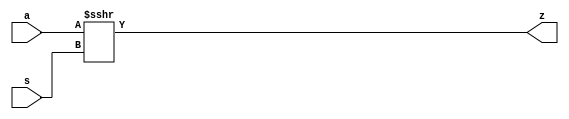

//------> C:/PROGRA~1/CALYPT~1/CATAPU~1.126/Mgc_home/pkgs/hls_pkgs/mgc_comps_src/mgc_shift_r_beh_v2.v 
module mgc_shift_r(a,s,z);
   parameter    width_a = 4;
   parameter    signd_a = 1;
   parameter    width_s = 2;
   parameter    width_z = 8;

   input [width_a-1:0] a;
   input [width_s-1:0] s;
   output [width_z -1:0] z;

   assign z = signd_a ? fshr_u(a,s,a[width_a-1]) : fshr_u(a,s,1'b0);

   //Shift-left - unsigned shift argument one bit more
   function [width_z-1:0] fshl_u_1;
      input [width_a  :0] arg1;
      input [width_s-1:0] arg2;
      input sbit;
      parameter olen = width_z;
      parameter ilen = width_a+1;
      parameter len = (ilen >= olen) ? ilen : olen;
      reg [len-1:0] result;
      reg [len-1:0] result_t;
      begin
        result_t = {(len){sbit}};
        result_t[ilen-1:0] = arg1;
        result = result_t <<< arg2;
        fshl_u_1 =  result[olen-1:0];
      end
   endfunction // fshl_u

   //Shift-left - unsigned shift argument
   function [width_z-1:0] fshl_u;
      input [width_a-1:0] arg1;
      input [width_s-1:0] arg2;
      input sbit;
      fshl_u = fshl_u_1({sbit,arg1} ,arg2, sbit);
   endfunction // fshl_u

   //Shift right - unsigned shift argument
   function [width_z-1:0] fshr_u;
      input [width_a-1:0] arg1;
      input [width_s-1:0] arg2;
      input sbit;
      parameter olen = width_z;
      parameter ilen = signd_a ? width_a : width_a+1;
      parameter len = (ilen >= olen) ? ilen : olen;
      reg signed [len-1:0] result;
      reg signed [len-1:0] result_t;
      begin
        result_t = {(len){sbit}};
        result_t[width_a-1:0] = arg1;
        result = result_t >>> arg2;
        fshr_u =  result[olen-1:0];
      end
   endfunction // fshl_u

   //Shift left - signed shift argument
   function [width_z-1:0] fshl_s;
      input [width_a-1:0] arg1;
      input [width_s-1:0] arg2;
      input sbit;
      reg [width_a:0] sbit_arg1;
      begin
        // Ignoring the possibility that arg2[width_s-1] could be X
        // because of customer complaints regarding X'es in simulation results
        if ( arg2[width_s-1] == 1'b0 )
        begin
          sbit_arg1[width_a:0] = {(width_a+1){1'b0}};
          fshl_s = fshl_u(arg1, arg2, sbit);
        end
        else
        begin
          sbit_arg1[width_a] = sbit;
          sbit_arg1[width_a-1:0] = arg1;
          fshl_s = fshr_u(sbit_arg1[width_a:1], ~arg2, sbit);
        end
      end
   endfunction

   //Shift right - signed shift argument
   function [width_z-1:0] fshr_s;
     input [width_a-1:0] arg1;
     input [width_s-1:0] arg2;
     input sbit;
     begin
       if ( arg2[width_s-1] == 1'b0 )
       begin
         fshr_s = fshr_u(arg1, arg2, sbit);
       end
       else
       begin
         fshr_s = fshl_u_1({arg1, 1'b0},~arg2, sbit);
       end
     end
   endfunction 

endmodule

//------> ./rtl_mgc_ioport.v 
//------------------------------------------------------------------
//                M G C _ I O P O R T _ C O M P S
//------------------------------------------------------------------

//------------------------------------------------------------------
//                       M O D U L E S
//------------------------------------------------------------------

//------------------------------------------------------------------
//-- INPUT ENTITIES
//------------------------------------------------------------------

module mgc_in_wire (d, z);

  parameter integer rscid = 1;
  parameter integer width = 8;

  output [width-1:0] d;
  input  [width-1:0] z;

  wire   [width-1:0] d;

  assign d = z;

endmodule

//------------------------------------------------------------------

module mgc_in_wire_en (ld, d, lz, z);

  parameter integer rscid = 1;
  parameter integer width = 8;

  input              ld;
  output [width-1:0] d;
  output             lz;
  input  [width-1:0] z;

  wire   [width-1:0] d;
  wire               lz;

  assign d = z;
  assign lz = ld;

endmodule

//------------------------------------------------------------------

module mgc_in_wire_wait (ld, vd, d, lz, vz, z);

  parameter integer rscid = 1;
  parameter integer width = 8;

  input              ld;
  output             vd;
  output [width-1:0] d;
  output             lz;
  input              vz;
  input  [width-1:0] z;

  wire               vd;
  wire   [width-1:0] d;
  wire               lz;

  assign d = z;
  assign lz = ld;
  assign vd = vz;

endmodule
//------------------------------------------------------------------

module mgc_chan_in (ld, vd, d, lz, vz, z, size, req_size, sizez, sizelz);

  parameter integer rscid = 1;
  parameter integer width = 8;
  parameter integer sz_width = 8;

  input              ld;
  output             vd;
  output [width-1:0] d;
  output             lz;
  input              vz;
  input  [width-1:0] z;
  output [sz_width-1:0] size;
  input              req_size;
  input  [sz_width-1:0] sizez;
  output             sizelz;


  wire               vd;
  wire   [width-1:0] d;
  wire               lz;
  wire   [sz_width-1:0] size;
  wire               sizelz;

  assign d = z;
  assign lz = ld;
  assign vd = vz;
  assign size = sizez;
  assign sizelz = req_size;

endmodule


//------------------------------------------------------------------
//-- OUTPUT ENTITIES
//------------------------------------------------------------------

module mgc_out_stdreg (d, z);

  parameter integer rscid = 1;
  parameter integer width = 8;

  input    [width-1:0] d;
  output   [width-1:0] z;

  wire     [width-1:0] z;

  assign z = d;

endmodule

//------------------------------------------------------------------

module mgc_out_stdreg_en (ld, d, lz, z);

  parameter integer rscid = 1;
  parameter integer width = 8;

  input              ld;
  input  [width-1:0] d;
  output             lz;
  output [width-1:0] z;

  wire               lz;
  wire   [width-1:0] z;

  assign z = d;
  assign lz = ld;

endmodule

//------------------------------------------------------------------

module mgc_out_stdreg_wait (ld, vd, d, lz, vz, z);

  parameter integer rscid = 1;
  parameter integer width = 8;

  input              ld;
  output             vd;
  input  [width-1:0] d;
  output             lz;
  input              vz;
  output [width-1:0] z;

  wire               vd;
  wire               lz;
  wire   [width-1:0] z;

  assign z = d;
  assign lz = ld;
  assign vd = vz;

endmodule

//------------------------------------------------------------------

module mgc_out_prereg_en (ld, d, lz, z);

    parameter integer rscid = 1;
    parameter integer width = 8;

    input              ld;
    input  [width-1:0] d;
    output             lz;
    output [width-1:0] z;

    wire               lz;
    wire   [width-1:0] z;

    assign z = d;
    assign lz = ld;

endmodule

//------------------------------------------------------------------
//-- INOUT ENTITIES
//------------------------------------------------------------------

module mgc_inout_stdreg_en (ldin, din, ldout, dout, lzin, lzout, z);

    parameter integer rscid = 1;
    parameter integer width = 8;

    input              ldin;
    output [width-1:0] din;
    input              ldout;
    input  [width-1:0] dout;
    output             lzin;
    output             lzout;
    inout  [width-1:0] z;

    wire   [width-1:0] din;
    wire               lzin;
    wire               lzout;
    wire   [width-1:0] z;

    assign lzin = ldin;
    assign din = ldin ? z : {width{1'bz}};
    assign lzout = ldout;
    assign z = ldout ? dout : {width{1'bz}};

endmodule

//------------------------------------------------------------------
module hid_tribuf( I_SIG, ENABLE, O_SIG);
  parameter integer width = 8;

  input [width-1:0] I_SIG;
  input ENABLE;
  inout [width-1:0] O_SIG;

  assign O_SIG = (ENABLE) ? I_SIG : { width{1'bz}};

endmodule
//------------------------------------------------------------------

module mgc_inout_stdreg_wait (ldin, vdin, din, ldout, vdout, dout, lzin, vzin, lzout, vzout, z);

    parameter integer rscid = 1;
    parameter integer width = 8;

    input              ldin;
    output             vdin;
    output [width-1:0] din;
    input              ldout;
    output             vdout;
    input  [width-1:0] dout;
    output             lzin;
    input              vzin;
    output             lzout;
    input              vzout;
    inout  [width-1:0] z;

    wire               vdin;
    wire   [width-1:0] din;
    wire               vdout;
    wire               lzin;
    wire               lzout;
    wire   [width-1:0] z;
    wire   ldout_and_vzout;

    assign lzin = ldin;
    assign vdin = vzin;
    assign din = ldin ? z : {width{1'bz}};
    assign lzout = ldout;
    assign vdout = vzout ;
    assign ldout_and_vzout = ldout && vzout ;

    hid_tribuf #(width) tb( .I_SIG(dout),
                            .ENABLE(ldout_and_vzout),
                            .O_SIG(z) );

endmodule

//------------------------------------------------------------------

module mgc_inout_buf_wait (clk, en, arst, srst, ldin, vdin, din, ldout, vdout, dout, lzin, vzin, lzout, vzout, z);

    parameter integer rscid   = 0; // resource ID
    parameter integer width   = 8; // fifo width
    parameter         ph_clk  =  1'b1; // clock polarity 1=rising edge, 0=falling edge
    parameter         ph_en   =  1'b1; // clock enable polarity
    parameter         ph_arst =  1'b1; // async reset polarity
    parameter         ph_srst =  1'b1; // sync reset polarity

    input              clk;
    input              en;
    input              arst;
    input              srst;
    input              ldin;
    output             vdin;
    output [width-1:0] din;
    input              ldout;
    output             vdout;
    input  [width-1:0] dout;
    output             lzin;
    input              vzin;
    output             lzout;
    input              vzout;
    inout  [width-1:0] z;

    wire               lzout_buf;
    wire               vzout_buf;
    wire   [width-1:0] z_buf;
    wire               vdin;
    wire   [width-1:0] din;
    wire               vdout;
    wire               lzin;
    wire               lzout;
    wire   [width-1:0] z;

    assign lzin = ldin;
    assign vdin = vzin;
    assign din = ldin ? z : {width{1'bz}};
    assign lzout = lzout_buf & ~ldin;
    assign vzout_buf = vzout & ~ldin;
    hid_tribuf #(width) tb( .I_SIG(z_buf),
                            .ENABLE((lzout_buf && (!ldin) && vzout) ),
                            .O_SIG(z)  );

    mgc_out_buf_wait
    #(
        .rscid   (rscid),
        .width   (width),
        .ph_clk  (ph_clk),
        .ph_en   (ph_en),
        .ph_arst (ph_arst),
        .ph_srst (ph_srst)
    )
    BUFF
    (
        .clk     (clk),
        .en      (en),
        .arst    (arst),
        .srst    (srst),
        .ld      (ldout),
        .vd      (vdout),
        .d       (dout),
        .lz      (lzout_buf),
        .vz      (vzout_buf),
        .z       (z_buf)
    );


endmodule

module mgc_inout_fifo_wait (clk, en, arst, srst, ldin, vdin, din, ldout, vdout, dout, lzin, vzin, lzout, vzout, z);

    parameter integer rscid   = 0; // resource ID
    parameter integer width   = 8; // fifo width
    parameter integer fifo_sz = 8; // fifo depth
    parameter         ph_clk  = 1'b1;  // clock polarity 1=rising edge, 0=falling edge
    parameter         ph_en   = 1'b1;  // clock enable polarity
    parameter         ph_arst = 1'b1;  // async reset polarity
    parameter         ph_srst = 1'b1;  // sync reset polarity
    parameter integer ph_log2 = 3;     // log2(fifo_sz)
    parameter integer pwropt  = 0;     // pwropt

    input              clk;
    input              en;
    input              arst;
    input              srst;
    input              ldin;
    output             vdin;
    output [width-1:0] din;
    input              ldout;
    output             vdout;
    input  [width-1:0] dout;
    output             lzin;
    input              vzin;
    output             lzout;
    input              vzout;
    inout  [width-1:0] z;

    wire               lzout_buf;
    wire               vzout_buf;
    wire   [width-1:0] z_buf;
    wire               comb;
    wire               vdin;
    wire   [width-1:0] din;
    wire               vdout;
    wire               lzin;
    wire               lzout;
    wire   [width-1:0] z;

    assign lzin = ldin;
    assign vdin = vzin;
    assign din = ldin ? z : {width{1'bz}};
    assign lzout = lzout_buf & ~ldin;
    assign vzout_buf = vzout & ~ldin;
    assign comb = (lzout_buf && (!ldin) && vzout);

    hid_tribuf #(width) tb2( .I_SIG(z_buf), .ENABLE(comb), .O_SIG(z)  );

    mgc_out_fifo_wait
    #(
        .rscid   (rscid),
        .width   (width),
        .fifo_sz (fifo_sz),
        .ph_clk  (ph_clk),
        .ph_en   (ph_en),
        .ph_arst (ph_arst),
        .ph_srst (ph_srst),
        .ph_log2 (ph_log2),
        .pwropt  (pwropt)
    )
    FIFO
    (
        .clk   (clk),
        .en      (en),
        .arst    (arst),
        .srst    (srst),
        .ld      (ldout),
        .vd      (vdout),
        .d       (dout),
        .lz      (lzout_buf),
        .vz      (vzout_buf),
        .z       (z_buf)
    );

endmodule

//------------------------------------------------------------------
//-- I/O SYNCHRONIZATION ENTITIES
//------------------------------------------------------------------

module mgc_io_sync (ld, lz);

    input  ld;
    output lz;

    assign lz = ld;

endmodule

module mgc_bsync_rdy (rd, rz);

    parameter integer rscid   = 0; // resource ID
    parameter ready = 1;
    parameter valid = 0;

    input  rd;
    output rz;

    wire   rz;

    assign rz = rd;

endmodule

module mgc_bsync_vld (vd, vz);

    parameter integer rscid   = 0; // resource ID
    parameter ready = 0;
    parameter valid = 1;

    output vd;
    input  vz;

    wire   vd;

    assign vd = vz;

endmodule

module mgc_bsync_rv (rd, vd, rz, vz);

    parameter integer rscid   = 0; // resource ID
    parameter ready = 1;
    parameter valid = 1;

    input  rd;
    output vd;
    output rz;
    input  vz;

    wire   vd;
    wire   rz;

    assign rz = rd;
    assign vd = vz;

endmodule

//------------------------------------------------------------------

module mgc_sync (ldin, vdin, ldout, vdout);

  input  ldin;
  output vdin;
  input  ldout;
  output vdout;

  wire   vdin;
  wire   vdout;

  assign vdin = ldout;
  assign vdout = ldin;

endmodule

///////////////////////////////////////////////////////////////////////////////
// dummy function used to preserve funccalls for modulario
// it looks like a memory read to the caller
///////////////////////////////////////////////////////////////////////////////
module funccall_inout (d, ad, bd, z, az, bz);

  parameter integer ram_id = 1;
  parameter integer width = 8;
  parameter integer addr_width = 8;

  output [width-1:0]       d;
  input  [addr_width-1:0]  ad;
  input                    bd;
  input  [width-1:0]       z;
  output [addr_width-1:0]  az;
  output                   bz;

  wire   [width-1:0]       d;
  wire   [addr_width-1:0]  az;
  wire                     bz;

  assign d  = z;
  assign az = ad;
  assign bz = bd;

endmodule


///////////////////////////////////////////////////////////////////////////////
// inlinable modular io not otherwise found in mgc_ioport
///////////////////////////////////////////////////////////////////////////////

module modulario_en_in (vd, d, vz, z);

  parameter integer rscid = 1;
  parameter integer width = 8;

  output             vd;
  output [width-1:0] d;
  input              vz;
  input  [width-1:0] z;

  wire   [width-1:0] d;
  wire               vd;

  assign d = z;
  assign vd = vz;

endmodule

//------> ./rtl_mgc_ioport_v2001.v 
//------------------------------------------------------------------

module mgc_out_reg_pos (clk, en, arst, srst, ld, d, lz, z);

    parameter integer rscid   = 1;
    parameter integer width   = 8;
    parameter         ph_en   =  1'b1;
    parameter         ph_arst =  1'b1;
    parameter         ph_srst =  1'b1;

    input              clk;
    input              en;
    input              arst;
    input              srst;
    input              ld;
    input  [width-1:0] d;
    output             lz;
    output [width-1:0] z;

    reg                lz;
    reg    [width-1:0] z;

    generate
    if (ph_arst == 1'b0)
    begin: NEG_ARST
        always @(posedge clk or negedge arst)
        if (arst == 1'b0)
        begin: B1
            lz <= 1'b0;
            z  <= {width{1'b0}};
        end
        else if (srst == ph_srst)
        begin: B2
            lz <= 1'b0;
            z  <= {width{1'b0}};
        end
        else if (en == ph_en)
        begin: B3
            lz <= ld;
            z  <= (ld) ? d : z;
        end
    end
    else
    begin: POS_ARST
        always @(posedge clk or posedge arst)
        if (arst == 1'b1)
        begin: B1
            lz <= 1'b0;
            z  <= {width{1'b0}};
        end
        else if (srst == ph_srst)
        begin: B2
            lz <= 1'b0;
            z  <= {width{1'b0}};
        end
        else if (en == ph_en)
        begin: B3
            lz <= ld;
            z  <= (ld) ? d : z;
        end
    end
    endgenerate

endmodule

//------------------------------------------------------------------

module mgc_out_reg_neg (clk, en, arst, srst, ld, d, lz, z);

    parameter integer rscid   = 1;
    parameter integer width   = 8;
    parameter         ph_en   =  1'b1;
    parameter         ph_arst =  1'b1;
    parameter         ph_srst =  1'b1;

    input              clk;
    input              en;
    input              arst;
    input              srst;
    input              ld;
    input  [width-1:0] d;
    output             lz;
    output [width-1:0] z;

    reg                lz;
    reg    [width-1:0] z;

    generate
    if (ph_arst == 1'b0)
    begin: NEG_ARST
        always @(negedge clk or negedge arst)
        if (arst == 1'b0)
        begin: B1
            lz <= 1'b0;
            z  <= {width{1'b0}};
        end
        else if (srst == ph_srst)
        begin: B2
            lz <= 1'b0;
            z  <= {width{1'b0}};
        end
        else if (en == ph_en)
        begin: B3
            lz <= ld;
            z  <= (ld) ? d : z;
        end
    end
    else
    begin: POS_ARST
        always @(negedge clk or posedge arst)
        if (arst == 1'b1)
        begin: B1
            lz <= 1'b0;
            z  <= {width{1'b0}};
        end
        else if (srst == ph_srst)
        begin: B2
            lz <= 1'b0;
            z  <= {width{1'b0}};
        end
        else if (en == ph_en)
        begin: B3
            lz <= ld;
            z  <= (ld) ? d : z;
        end
    end
    endgenerate

endmodule

//------------------------------------------------------------------

module mgc_out_reg (clk, en, arst, srst, ld, d, lz, z); // Not Supported

    parameter integer rscid   = 1;
    parameter integer width   = 8;
    parameter         ph_clk  =  1'b1;
    parameter         ph_en   =  1'b1;
    parameter         ph_arst =  1'b1;
    parameter         ph_srst =  1'b1;

    input              clk;
    input              en;
    input              arst;
    input              srst;
    input              ld;
    input  [width-1:0] d;
    output             lz;
    output [width-1:0] z;


    generate
    if (ph_clk == 1'b0)
    begin: NEG_EDGE

        mgc_out_reg_neg
        #(
            .rscid   (rscid),
            .width   (width),
            .ph_en   (ph_en),
            .ph_arst (ph_arst),
            .ph_srst (ph_srst)
        )
        mgc_out_reg_neg_inst
        (
            .clk     (clk),
            .en      (en),
            .arst    (arst),
            .srst    (srst),
            .ld      (ld),
            .d       (d),
            .lz      (lz),
            .z       (z)
        );

    end
    else
    begin: POS_EDGE

        mgc_out_reg_pos
        #(
            .rscid   (rscid),
            .width   (width),
            .ph_en   (ph_en),
            .ph_arst (ph_arst),
            .ph_srst (ph_srst)
        )
        mgc_out_reg_pos_inst
        (
            .clk     (clk),
            .en      (en),
            .arst    (arst),
            .srst    (srst),
            .ld      (ld),
            .d       (d),
            .lz      (lz),
            .z       (z)
        );

    end
    endgenerate

endmodule




//------------------------------------------------------------------

module mgc_out_buf_wait (clk, en, arst, srst, ld, vd, d, vz, lz, z); // Not supported

    parameter integer rscid   = 1;
    parameter integer width   = 8;
    parameter         ph_clk  =  1'b1;
    parameter         ph_en   =  1'b1;
    parameter         ph_arst =  1'b1;
    parameter         ph_srst =  1'b1;

    input              clk;
    input              en;
    input              arst;
    input              srst;
    input              ld;
    output             vd;
    input  [width-1:0] d;
    output             lz;
    input              vz;
    output [width-1:0] z;

    wire               filled;
    wire               filled_next;
    wire   [width-1:0] abuf;
    wire               lbuf;


    assign filled_next = (filled & (~vz)) | (filled & ld) | (ld & (~vz));

    assign lbuf = ld & ~(filled ^ vz);

    assign vd = vz | ~filled;

    assign lz = ld | filled;

    assign z = (filled) ? abuf : d;

    wire dummy;
    wire dummy_bufreg_lz;

    // Output registers:
    mgc_out_reg
    #(
        .rscid   (rscid),
        .width   (1'b1),
        .ph_clk  (ph_clk),
        .ph_en   (ph_en),
        .ph_arst (ph_arst),
        .ph_srst (ph_srst)
    )
    STATREG
    (
        .clk     (clk),
        .en      (en),
        .arst    (arst),
        .srst    (srst),
        .ld      (filled_next),
        .d       (1'b0),       // input d is unused
        .lz      (filled),
        .z       (dummy)            // output z is unused
    );

    mgc_out_reg
    #(
        .rscid   (rscid),
        .width   (width),
        .ph_clk  (ph_clk),
        .ph_en   (ph_en),
        .ph_arst (ph_arst),
        .ph_srst (ph_srst)
    )
    BUFREG
    (
        .clk     (clk),
        .en      (en),
        .arst    (arst),
        .srst    (srst),
        .ld      (lbuf),
        .d       (d),
        .lz      (dummy_bufreg_lz),
        .z       (abuf)
    );

endmodule

//------------------------------------------------------------------

module mgc_out_fifo_wait (clk, en, arst, srst, ld, vd, d, lz, vz,  z);

    parameter integer rscid   = 0; // resource ID
    parameter integer width   = 8; // fifo width
    parameter integer fifo_sz = 8; // fifo depth
    parameter         ph_clk  = 1'b1; // clock polarity 1=rising edge, 0=falling edge
    parameter         ph_en   = 1'b1; // clock enable polarity
    parameter         ph_arst = 1'b1; // async reset polarity
    parameter         ph_srst = 1'b1; // sync reset polarity
    parameter integer ph_log2 = 3; // log2(fifo_sz)
    parameter integer pwropt  = 0; // pwropt


    input                 clk;
    input                 en;
    input                 arst;
    input                 srst;
    input                 ld;    // load data
    output                vd;    // fifo full active low
    input     [width-1:0] d;
    output                lz;    // fifo ready to send
    input                 vz;    // dest ready for data
    output    [width-1:0] z;

    wire    [31:0]      size;


      // Output registers:
 mgc_out_fifo_wait_core#(
        .rscid   (rscid),
        .width   (width),
        .sz_width (32),
        .fifo_sz (fifo_sz),
        .ph_clk  (ph_clk),
        .ph_en   (ph_en),
        .ph_arst (ph_arst),
        .ph_srst (ph_srst),
        .ph_log2 (ph_log2),
        .pwropt  (pwropt)
        ) CORE (
        .clk (clk),
        .en (en),
        .arst (arst),
        .srst (srst),
        .ld (ld),
        .vd (vd),
        .d (d),
        .lz (lz),
        .vz (vz),
        .z (z),
        .size (size)
        );

endmodule



module mgc_out_fifo_wait_core (clk, en, arst, srst, ld, vd, d, lz, vz,  z, size);

    parameter integer rscid   = 0; // resource ID
    parameter integer width   = 8; // fifo width
    parameter integer sz_width = 8; // size of port for elements in fifo
    parameter integer fifo_sz = 8; // fifo depth
    parameter         ph_clk  =  1'b1; // clock polarity 1=rising edge, 0=falling edge
    parameter         ph_en   =  1'b1; // clock enable polarity
    parameter         ph_arst =  1'b1; // async reset polarity
    parameter         ph_srst =  1'b1; // sync reset polarity
    parameter integer ph_log2 = 3; // log2(fifo_sz)
    parameter integer pwropt  = 0; // pwropt

   localparam integer  fifo_b = width * fifo_sz;

    input                 clk;
    input                 en;
    input                 arst;
    input                 srst;
    input                 ld;    // load data
    output                vd;    // fifo full active low
    input     [width-1:0] d;
    output                lz;    // fifo ready to send
    input                 vz;    // dest ready for data
    output    [width-1:0] z;
    output    [sz_width-1:0]      size;

    reg      [( (fifo_sz > 0) ? fifo_sz : 1)-1:0] stat_pre;
    wire     [( (fifo_sz > 0) ? fifo_sz : 1)-1:0] stat;
    reg      [( (fifo_b > 0) ? fifo_b : 1)-1:0] buff_pre;
    wire     [( (fifo_b > 0) ? fifo_b : 1)-1:0] buff;
    reg      [( (fifo_sz > 0) ? fifo_sz : 1)-1:0] en_l;
    reg      [(((fifo_sz > 0) ? fifo_sz : 1)-1)/8:0] en_l_s;

    reg       [width-1:0] buff_nxt;

    reg                   stat_nxt;
    reg                   stat_before;
    reg                   stat_after;
    reg                   en_l_var;

    integer               i;
    genvar                eni;

    wire [32:0]           size_t;
    reg [31:0]            count;
    reg [31:0]            count_t;
    reg [32:0]            n_elem;
// pragma translate_off
    reg [31:0]            peak;
// pragma translate_on

    wire [( (fifo_sz > 0) ? fifo_sz : 1)-1:0] dummy_statreg_lz;
    wire [( (fifo_b > 0) ? fifo_b : 1)-1:0] dummy_bufreg_lz;

    generate
    if ( fifo_sz > 0 )
    begin: FIFO_REG
      assign vd = vz | ~stat[0];
      assign lz = ld | stat[fifo_sz-1];
      assign size_t = (count - (vz && stat[fifo_sz-1])) + ld;
      assign size = size_t[sz_width-1:0];
      assign z = (stat[fifo_sz-1]) ? buff[fifo_b-1:width*(fifo_sz-1)] : d;

      always @(*)
      begin: FIFOPROC
        n_elem = 33'b0;
        for (i = fifo_sz-1; i >= 0; i = i - 1)
        begin
          if (i != 0)
            stat_before = stat[i-1];
          else
            stat_before = 1'b0;

          if (i != (fifo_sz-1))
            stat_after = stat[i+1];
          else
            stat_after = 1'b1;

          stat_nxt = stat_after &
                    (stat_before | (stat[i] & (~vz)) | (stat[i] & ld) | (ld & (~vz)));

          stat_pre[i] = stat_nxt;
          en_l_var = 1'b1;
          if (!stat_nxt)
            begin
              buff_nxt = {width{1'b0}};
              en_l_var = 1'b0;
            end
          else if (vz && stat_before)
            buff_nxt[0+:width] = buff[width*(i-1)+:width];
          else if (ld && !((vz && stat_before) || ((!vz) && stat[i])))
            buff_nxt = d;
          else
            begin
              if (pwropt == 0)
                buff_nxt[0+:width] = buff[width*i+:width];
              else
                buff_nxt = {width{1'b0}};
              en_l_var = 1'b0;
            end

          if (ph_en != 0)
            en_l[i] = en & en_l_var;
          else
            en_l[i] = en | ~en_l_var;

          buff_pre[width*i+:width] = buff_nxt[0+:width];

          if ((stat_after == 1'b1) && (stat[i] == 1'b0))
            n_elem = ($unsigned(fifo_sz) - 1) - i;
        end

        if (ph_en != 0)
          en_l_s[(((fifo_sz > 0) ? fifo_sz : 1)-1)/8] = 1'b1;
        else
          en_l_s[(((fifo_sz > 0) ? fifo_sz : 1)-1)/8] = 1'b0;

        for (i = fifo_sz-1; i >= 7; i = i - 1)
        begin
          if ((i%'d2) == 0)
          begin
            if (ph_en != 0)
              en_l_s[(i/8)-1] = en & (stat[i]|stat_pre[i-1]);
            else
              en_l_s[(i/8)-1] = en | ~(stat[i]|stat_pre[i-1]);
          end
        end

        if ( stat[fifo_sz-1] == 1'b0 )
          count_t = 32'b0;
        else if ( stat[0] == 1'b1 )
          count_t = { {(32-ph_log2){1'b0}}, fifo_sz};
        else
          count_t = n_elem[31:0];
        count = count_t;
// pragma translate_off
        if ( peak < count )
          peak = count;
// pragma translate_on
      end

      if (pwropt == 0)
      begin: NOCGFIFO
        // Output registers:
        mgc_out_reg
        #(
            .rscid   (rscid),
            .width   (fifo_sz),
            .ph_clk  (ph_clk),
            .ph_en   (ph_en),
            .ph_arst (ph_arst),
            .ph_srst (ph_srst)
        )
        STATREG
        (
            .clk     (clk),
            .en      (en),
            .arst    (arst),
            .srst    (srst),
            .ld      (1'b1),
            .d       (stat_pre),
            .lz      (dummy_statreg_lz[0]),
            .z       (stat)
        );
        mgc_out_reg
        #(
            .rscid   (rscid),
            .width   (fifo_b),
            .ph_clk  (ph_clk),
            .ph_en   (ph_en),
            .ph_arst (ph_arst),
            .ph_srst (ph_srst)
        )
        BUFREG
        (
            .clk     (clk),
            .en      (en),
            .arst    (arst),
            .srst    (srst),
            .ld      (1'b1),
            .d       (buff_pre),
            .lz      (dummy_bufreg_lz[0]),
            .z       (buff)
        );
      end
      else
      begin: CGFIFO
        // Output registers:
        if ( pwropt > 1)
        begin: CGSTATFIFO2
          for (eni = fifo_sz-1; eni >= 0; eni = eni - 1)
          begin: pwroptGEN1
            mgc_out_reg
            #(
              .rscid   (rscid),
              .width   (1),
              .ph_clk  (ph_clk),
              .ph_en   (ph_en),
              .ph_arst (ph_arst),
              .ph_srst (ph_srst)
            )
            STATREG
            (
              .clk     (clk),
              .en      (en_l_s[eni/8]),
              .arst    (arst),
              .srst    (srst),
              .ld      (1'b1),
              .d       (stat_pre[eni]),
              .lz      (dummy_statreg_lz[eni]),
              .z       (stat[eni])
            );
          end
        end
        else
        begin: CGSTATFIFO
          mgc_out_reg
          #(
            .rscid   (rscid),
            .width   (fifo_sz),
            .ph_clk  (ph_clk),
            .ph_en   (ph_en),
            .ph_arst (ph_arst),
            .ph_srst (ph_srst)
          )
          STATREG
          (
            .clk     (clk),
            .en      (en),
            .arst    (arst),
            .srst    (srst),
            .ld      (1'b1),
            .d       (stat_pre),
            .lz      (dummy_statreg_lz[0]),
            .z       (stat)
          );
        end
        for (eni = fifo_sz-1; eni >= 0; eni = eni - 1)
        begin: pwroptGEN2
          mgc_out_reg
          #(
            .rscid   (rscid),
            .width   (width),
            .ph_clk  (ph_clk),
            .ph_en   (ph_en),
            .ph_arst (ph_arst),
            .ph_srst (ph_srst)
          )
          BUFREG
          (
            .clk     (clk),
            .en      (en_l[eni]),
            .arst    (arst),
            .srst    (srst),
            .ld      (1'b1),
            .d       (buff_pre[width*eni+:width]),
            .lz      (dummy_bufreg_lz[eni]),
            .z       (buff[width*eni+:width])
          );
        end
      end
    end
    else
    begin: FEED_THRU
      assign vd = vz;
      assign lz = ld;
      assign z = d;
      assign size = ld && !vz;
    end
    endgenerate

endmodule

//------------------------------------------------------------------
//-- PIPE ENTITIES
//------------------------------------------------------------------
/*
 *
 *             _______________________________________________
 * WRITER    |                                               |          READER
 *           |           MGC_PIPE                            |
 *           |           __________________________          |
 *        --<| vdout  --<| vd ---------------  vz<|-----ldin<|---
 *           |           |      FIFO              |          |
 *        ---|>ldout  ---|>ld ---------------- lz |> ---vdin |>--
 *        ---|>dout -----|>d  ---------------- dz |> ----din |>--
 *           |           |________________________|          |
 *           |_______________________________________________|
 */
// two clock pipe
module mgc_pipe (clk, en, arst, srst, ldin, vdin, din, ldout, vdout, dout, size, req_size);

    parameter integer rscid   = 0; // resource ID
    parameter integer width   = 8; // fifo width
    parameter integer sz_width = 8; // width of size of elements in fifo
    parameter integer fifo_sz = 8; // fifo depth
    parameter integer log2_sz = 3; // log2(fifo_sz)
    parameter         ph_clk  = 1'b1;  // clock polarity 1=rising edge, 0=falling edge
    parameter         ph_en   = 1'b1;  // clock enable polarity
    parameter         ph_arst = 1'b1;  // async reset polarity
    parameter         ph_srst = 1'b1;  // sync reset polarity
    parameter integer pwropt  = 0; // pwropt

    input              clk;
    input              en;
    input              arst;
    input              srst;
    input              ldin;
    output             vdin;
    output [width-1:0] din;
    input              ldout;
    output             vdout;
    input  [width-1:0] dout;
    output [sz_width-1:0]      size;
    input              req_size;


    mgc_out_fifo_wait_core
    #(
        .rscid    (rscid),
        .width    (width),
        .sz_width (sz_width),
        .fifo_sz  (fifo_sz),
        .ph_clk   (ph_clk),
        .ph_en    (ph_en),
        .ph_arst  (ph_arst),
        .ph_srst  (ph_srst),
        .ph_log2  (log2_sz),
        .pwropt   (pwropt)
    )
    FIFO
    (
        .clk     (clk),
        .en      (en),
        .arst    (arst),
        .srst    (srst),
        .ld      (ldout),
        .vd      (vdout),
        .d       (dout),
        .lz      (vdin),
        .vz      (ldin),
        .z       (din),
        .size    (size)
    );

endmodule


//------> C:/PROGRA~1/CALYPT~1/CATAPU~1.126/Mgc_home/pkgs/hls_pkgs/mgc_comps_src/mgc_div_beh.v 
module mgc_div(a,b,z);
   parameter width_a = 8;
   parameter width_b = 8;
   parameter signd = 1;
   input [width_a-1:0] a;
   input [width_b-1:0] b; 
   output [width_a-1:0] z;  
   reg  [width_a-1:0] z;

   always@(a or b)
     begin
	if(signd)
	  div_s(a,b,z);
	else
          div_u(a,b,z);
     end


//-----------------------------------------------------------------
//     -- Vectorized Overloaded Arithmetic Operators
//-----------------------------------------------------------------
   
   function [width_a-1:0] fabs_l; 
      input [width_a-1:0] arg1;
      begin
         case(arg1[width_a-1])
            1'b1:
               fabs_l = {(width_a){1'b0}} - arg1;
            default: // was: 1'b0:
               fabs_l = arg1;
         endcase
      end
   endfunction
   
   function [width_b-1:0] fabs_r; 
      input [width_b-1:0] arg1;
      begin
         case (arg1[width_b-1])
            1'b1:
               fabs_r =  {(width_b){1'b0}} - arg1;
            default: // was: 1'b0:
               fabs_r = arg1;
         endcase
      end
   endfunction

   function [width_b:0] minus;
     input [width_b:0] in1;
     input [width_b:0] in2;
     reg [width_b+1:0] tmp;
     begin
       tmp = in1 - in2;
       minus = tmp[width_b:0];
     end
   endfunction

   
   task divmod;
      input [width_a-1:0] l;
      input [width_b-1:0] r;
      output [width_a-1:0] rdiv;
      output [width_b-1:0] rmod;
      
      parameter llen = width_a;
      parameter rlen = width_b;
      reg [(llen+rlen)-1:0] lbuf;
      reg [rlen:0] diff;
	  integer i;
      begin
	 lbuf = {(llen+rlen){1'b0}};
	 lbuf[llen-1:0] = l;
	 for(i=width_a-1;i>=0;i=i-1)
	   begin
              diff = minus(lbuf[(llen+rlen)-1:llen-1], {1'b0,r});
	      rdiv[i] = ~diff[rlen];
	      if(diff[rlen] == 0)
		lbuf[(llen+rlen)-1:llen-1] = diff;
	      lbuf[(llen+rlen)-1:1] = lbuf[(llen+rlen)-2:0];
	   end
	 rmod = lbuf[(llen+rlen)-1:llen];
      end
   endtask
      

   task div_u;
      input [width_a-1:0] l;
      input [width_b-1:0] r;
      output [width_a-1:0] rdiv;
      
      reg [width_a-01:0] rdiv;
      reg [width_b-1:0] rmod;
      begin
	 divmod(l, r, rdiv, rmod);
      end
   endtask
   
   task mod_u;
      input [width_a-1:0] l;
      input [width_b-1:0] r;
      output [width_b-1:0] rmod;
      
      reg [width_a-01:0] rdiv;
      reg [width_b-1:0] rmod;
      begin
	 divmod(l, r, rdiv, rmod);
      end
   endtask

   task rem_u; 
      input [width_a-1:0] l;
      input [width_b-1:0] r;    
      output [width_b-1:0] rmod;
      begin
	 mod_u(l,r,rmod);
      end
   endtask // rem_u

   task div_s;
      input [width_a-1:0] l;
      input [width_b-1:0] r;
      output [width_a-1:0] rdiv;
      
      reg [width_a-01:0] rdiv;
      reg [width_b-1:0] rmod;
      begin
	 divmod(fabs_l(l), fabs_r(r),rdiv,rmod);
	 if(l[width_a-1] != r[width_b-1])
	   rdiv = {(width_a){1'b0}} - rdiv;
      end
   endtask

   task mod_s;
      input [width_a-1:0] l;
      input [width_b-1:0] r;
      output [width_b-1:0] rmod;
      
      reg [width_a-01:0] rdiv;
      reg [width_b-1:0] rmod;
      reg [width_b-1:0] rnul;
      reg [width_b:0] rmod_t;
      begin
         rnul = {width_b{1'b0}};
         divmod(fabs_l(l), fabs_r(r), rdiv, rmod);
         if (l[width_a-1])
            rmod = {(width_b){1'b0}} - rmod;
         if((rmod != rnul) && (l[width_a-1] != r[width_b-1]))
            begin
               rmod_t = r + rmod;
               rmod = rmod_t[width_b-1:0];
            end
      end
   endtask // mod_s
   
   task rem_s; 
      input [width_a-1:0] l;
      input [width_b-1:0] r;    
      output [width_b-1:0] rmod;   
      reg [width_a-01:0] rdiv;
      reg [width_b-1:0] rmod;
      begin
	 divmod(fabs_l(l),fabs_r(r),rdiv,rmod);
	 if(l[width_a-1])
	   rmod = {(width_b){1'b0}} - rmod;
      end
   endtask

  endmodule

//------> ./rtl.v 
// ----------------------------------------------------------------------
//  HLS HDL:        Verilog Netlister
//  HLS Version:    2011a.126 Production Release
//  HLS Date:       Wed Aug  8 00:52:07 PDT 2012
// 
//  Generated by:   jb914@EEWS104A-029
//  Generated date: Mon May 11 14:27:08 2015
// ----------------------------------------------------------------------

// 
// ------------------------------------------------------------------
//  Design Unit:    static_anaglyph_core
// ------------------------------------------------------------------


module static_anaglyph_core (
  clk, en, arst_n, video_in_rsc_mgc_in_wire_d, video_out_rsc_mgc_out_stdreg_d, avg_rsc_mgc_in_wire_d,
      div_mgc_div_b, div_mgc_div_z, div_mgc_div_1_b, div_mgc_div_1_z
);
  input clk;
  input en;
  input arst_n;
  input [629:0] video_in_rsc_mgc_in_wire_d;
  output [29:0] video_out_rsc_mgc_out_stdreg_d;
  reg [29:0] video_out_rsc_mgc_out_stdreg_d;
  input [9:0] avg_rsc_mgc_in_wire_d;
  output [9:0] div_mgc_div_b;
  reg [9:0] div_mgc_div_b;
  input [9:0] div_mgc_div_z;
  output [9:0] div_mgc_div_1_b;
  reg [9:0] div_mgc_div_1_b;
  input [9:0] div_mgc_div_1_z;


  // Interconnect Declarations
  reg [5:0] shift_1_sva_2;
  wire [6:0] nl_shift_1_sva_2;
  reg [629:0] io_read_video_in_rsc_d_cse_sva_1;
  reg [629:0] io_read_video_in_rsc_d_cse_sva_2;
  reg slc_svs_2;
  reg [9:0] acc_5_cse_sva_mut_3;
  reg [1:0] if_acc_3_itm_1;
  wire [2:0] nl_if_acc_3_itm_1;
  reg [5:0] if_slc_conc_idiv_5_itm_1;
  reg div_2cyc_st_1;
  reg div_2cyc_st_2;
  reg slc_svs_st_1;
  reg main_stage_0_2;
  reg main_stage_0_3;
  wire [9:0] rshift_itm;
  wire [9:0] rshift_4_itm;
  wire [9:0] rshift_2_itm;
  wire [9:0] rshift_5_itm;
  wire [11:0] left_adjust_sg1_sva;
  wire [12:0] nl_left_adjust_sg1_sva;
  wire [12:0] acc_20_psp_sva;
  wire [13:0] nl_acc_20_psp_sva;
  wire [1:0] shift_sg1_lpi_dfm;
  wire [5:0] shift_1_lpi_dfm_mx0;
  wire [7:0] ac_int_cctor_1_sva;
  wire [8:0] nl_ac_int_cctor_1_sva;
  wire [11:0] acc_idiv_sva;
  wire [12:0] nl_acc_idiv_sva;
  wire [3:0] acc_imod_sva;
  wire [4:0] nl_acc_imod_sva;
  wire [2:0] acc_imod_1_sva;
  wire [3:0] nl_acc_imod_1_sva;
  wire [10:0] if_acc_psp_sva;
  wire [11:0] nl_if_acc_psp_sva;
  wire [10:0] acc_36_itm;
  wire [11:0] nl_acc_36_itm;

  wire[7:0] mux_1_nl;

  // Interconnect Declarations for Component Instantiations 
  wire [12:0] nl_rshift_rg_s;
  assign nl_rshift_rg_s = {((left_adjust_sg1_sva[11:1]) + 11'b101) , (left_adjust_sg1_sva[0])
      , 1'b0};
  wire [16:0] nl_rshift_4_rg_s;
  assign nl_rshift_4_rg_s = {(conv_u2u_15_16({{2{acc_20_psp_sva[12]}}, acc_20_psp_sva})
      + 16'b101) , 1'b0};
  wire [12:0] nl_rshift_2_rg_s;
  assign nl_rshift_2_rg_s = {left_adjust_sg1_sva , 1'b0};
  wire [15:0] nl_rshift_5_rg_s;
  assign nl_rshift_5_rg_s = signext_16_14({acc_20_psp_sva , 1'b0});
  mgc_shift_r #(.width_a(630),
  .signd_a(0),
  .width_s(13),
  .width_z(10)) rshift_rg (
      .a(io_read_video_in_rsc_d_cse_sva_2),
      .s(nl_rshift_rg_s),
      .z(rshift_itm)
    );
  mgc_shift_r #(.width_a(630),
  .signd_a(0),
  .width_s(17),
  .width_z(10)) rshift_4_rg (
      .a(io_read_video_in_rsc_d_cse_sva_2),
      .s(nl_rshift_4_rg_s),
      .z(rshift_4_itm)
    );
  mgc_shift_r #(.width_a(630),
  .signd_a(0),
  .width_s(13),
  .width_z(10)) rshift_2_rg (
      .a(io_read_video_in_rsc_d_cse_sva_2),
      .s(nl_rshift_2_rg_s),
      .z(rshift_2_itm)
    );
  mgc_shift_r #(.width_a(630),
  .signd_a(0),
  .width_s(16),
  .width_z(10)) rshift_5_rg (
      .a(io_read_video_in_rsc_d_cse_sva_2),
      .s(nl_rshift_5_rg_s),
      .z(rshift_5_itm)
    );
  assign nl_left_adjust_sg1_sva = conv_s2u_9_12({1'b1 , (~ shift_sg1_lpi_dfm) , (~
      shift_1_lpi_dfm_mx0)}) + ({shift_sg1_lpi_dfm , shift_1_lpi_dfm_mx0 , 4'b1});
  assign left_adjust_sg1_sva = nl_left_adjust_sg1_sva[11:0];
  assign nl_acc_20_psp_sva = ({1'b1 , (~ left_adjust_sg1_sva)}) + 13'b100101101;
  assign acc_20_psp_sva = nl_acc_20_psp_sva[12:0];
  assign shift_sg1_lpi_dfm = (ac_int_cctor_1_sva[7:6]) & (signext_2_1(~ slc_svs_2));
  assign shift_1_lpi_dfm_mx0 = MUX_v_6_2_2({(ac_int_cctor_1_sva[5:0]) , shift_1_sva_2},
      slc_svs_2);
  assign mux_1_nl = MUX_v_8_2_2({(div_mgc_div_1_z[7:0]) , (div_mgc_div_z[7:0])},
      div_2cyc_st_2);
  assign nl_ac_int_cctor_1_sva = (~ (mux_1_nl)) + 8'b1011;
  assign ac_int_cctor_1_sva = nl_ac_int_cctor_1_sva[7:0];
  assign nl_acc_36_itm = ({(acc_idiv_sva[11]) , (readslicef_10_9_1((conv_u2u_9_10({(acc_idiv_sva[11])
      , 1'b0 , (acc_idiv_sva[11]) , 1'b0 , (acc_idiv_sva[11]) , 1'b0 , (signext_2_1(acc_idiv_sva[11]))
      , 1'b1}) + conv_u2u_9_10({(readslicef_9_8_1((({(acc_idiv_sva[9]) , 1'b0 , (acc_idiv_sva[9])
      , 1'b0 , (acc_idiv_sva[9]) , 1'b0 , (signext_2_1(acc_idiv_sva[9])) , 1'b1})
      + conv_u2u_8_9({(readslicef_8_7_1((conv_u2u_7_8({(acc_idiv_sva[7]) , 1'b0 ,
      (acc_idiv_sva[7]) , 1'b0 , (signext_2_1(acc_idiv_sva[7])) , 1'b1}) + conv_u2u_6_8({(acc_idiv_sva[6])
      , 1'b0 , (acc_idiv_sva[6]) , 1'b0 , (acc_idiv_sva[6]) , (acc_idiv_sva[4])}))))
      , (acc_imod_sva[2])})))) , (acc_imod_1_sva[1])})))) , 1'b1}) + ({(readslicef_11_10_1((conv_u2s_10_11({(acc_idiv_sva[10])
      , 1'b0 , (acc_idiv_sva[10]) , 1'b0 , (acc_idiv_sva[10]) , 1'b0 , (acc_idiv_sva[10])
      , 1'b0 , (acc_idiv_sva[10]) , 1'b1}) + conv_s2s_9_11({(readslicef_9_8_1((conv_u2s_8_9({(acc_idiv_sva[8])
      , 1'b0 , (acc_idiv_sva[8]) , 1'b0 , (acc_idiv_sva[8]) , 1'b0 , (acc_idiv_sva[8])
      , 1'b1}) + conv_s2s_7_9({(readslicef_7_6_1((conv_s2s_5_7({(readslicef_5_4_1((({1'b1
      , (acc_idiv_sva[4:3]) , (acc_idiv_sva[1]) , 1'b1}) + conv_u2s_4_5({(~ (acc_imod_sva[3]))
      , 1'b1 , (~ (acc_imod_1_sva[2])) , (acc_idiv_sva[2])})))) , 1'b1}) + conv_u2s_5_7({(acc_idiv_sva[5])
      , 1'b0 , (signext_2_1(acc_idiv_sva[5])) , (acc_idiv_sva[3])})))) , (acc_imod_sva[1])}))))
      , (acc_imod_sva[3])})))) , (~ (readslicef_3_1_2((({1'b1 , (acc_imod_1_sva[0])
      , 1'b1}) + conv_u2s_2_3({(~ (acc_imod_1_sva[1])) , (~ (acc_imod_1_sva[2]))})))))});
  assign acc_36_itm = nl_acc_36_itm[10:0];
  assign nl_acc_idiv_sva = conv_u2u_11_12(conv_u2u_10_11(video_in_rsc_mgc_in_wire_d[319:310])
      + conv_u2u_10_11(video_in_rsc_mgc_in_wire_d[329:320])) + conv_u2u_10_12(video_in_rsc_mgc_in_wire_d[309:300]);
  assign acc_idiv_sva = nl_acc_idiv_sva[11:0];
  assign nl_acc_imod_sva = (readslicef_5_4_1((conv_u2u_4_5({(readslicef_4_3_1((conv_u2u_3_4({(readslicef_3_2_1((conv_u2u_2_3({(~
      (acc_idiv_sva[3])) , 1'b1}) + conv_u2u_2_3({(acc_idiv_sva[4]) , (acc_idiv_sva[8])}))))
      , 1'b1}) + conv_u2u_3_4({(readslicef_3_2_1((conv_u2u_2_3({(~ (acc_idiv_sva[5]))
      , 1'b1}) + conv_u2u_2_3({(acc_idiv_sva[6]) , (~ (acc_idiv_sva[7]))})))) , (acc_idiv_sva[10])}))))
      , 1'b1}) + conv_u2u_3_5({(readslicef_3_2_1((conv_u2u_2_3({(~ (acc_idiv_sva[1]))
      , 1'b1}) + conv_u2u_2_3({(acc_idiv_sva[2]) , (~ (acc_idiv_sva[9]))})))) , (~
      (acc_idiv_sva[11]))})))) + ({3'b101 , (acc_idiv_sva[0])});
  assign acc_imod_sva = nl_acc_imod_sva[3:0];
  assign nl_acc_imod_1_sva = conv_s2s_2_3(conv_s2s_1_2(~ (acc_imod_sva[3])) + conv_u2s_1_2(acc_imod_sva[0]))
      + conv_u2s_2_3(conv_u2u_1_2(~ (acc_imod_sva[1])) + conv_u2u_1_2(acc_imod_sva[2]));
  assign acc_imod_1_sva = nl_acc_imod_1_sva[2:0];
  assign nl_if_acc_psp_sva = conv_u2u_8_11(acc_36_itm[10:3]) + conv_u2u_10_11(acc_36_itm[10:1]);
  assign if_acc_psp_sva = nl_if_acc_psp_sva[10:0];
  always @(posedge clk or negedge arst_n) begin
    if ( ~ arst_n ) begin
      video_out_rsc_mgc_out_stdreg_d <= 30'b0;
      io_read_video_in_rsc_d_cse_sva_2 <= 630'b0;
      shift_1_sva_2 <= 6'b0;
      slc_svs_2 <= 1'b0;
      div_2cyc_st_2 <= 1'b0;
      div_mgc_div_1_b <= 10'b0;
      div_mgc_div_b <= 10'b0;
      acc_5_cse_sva_mut_3 <= 10'b0;
      slc_svs_st_1 <= 1'b0;
      div_2cyc_st_1 <= 1'b0;
      main_stage_0_2 <= 1'b0;
      main_stage_0_3 <= 1'b0;
      if_acc_3_itm_1 <= 2'b0;
      if_slc_conc_idiv_5_itm_1 <= 6'b0;
      io_read_video_in_rsc_d_cse_sva_1 <= 630'b0;
    end
    else begin
      if ( en ) begin
        video_out_rsc_mgc_out_stdreg_d <= MUX_v_30_2_2({video_out_rsc_mgc_out_stdreg_d
            , ({rshift_itm , rshift_4_itm , (readslicef_11_10_1((conv_u2u_10_11(rshift_2_itm)
            + conv_u2u_10_11(rshift_5_itm))))})}, main_stage_0_3);
        io_read_video_in_rsc_d_cse_sva_2 <= io_read_video_in_rsc_d_cse_sva_1;
        shift_1_sva_2 <= nl_shift_1_sva_2[5:0];
        slc_svs_2 <= slc_svs_st_1;
        div_2cyc_st_2 <= div_2cyc_st_1;
        div_mgc_div_1_b <= MUX_v_10_2_2({acc_5_cse_sva_mut_3 , (acc_36_itm[10:1])},
            div_2cyc_st_1);
        div_mgc_div_b <= MUX_v_10_2_2({(acc_36_itm[10:1]) , acc_5_cse_sva_mut_3},
            div_2cyc_st_1);
        acc_5_cse_sva_mut_3 <= acc_36_itm[10:1];
        slc_svs_st_1 <= readslicef_11_1_10((({1'b1 , (~ avg_rsc_mgc_in_wire_d)})
            + 11'b11110001));
        div_2cyc_st_1 <= ~ div_2cyc_st_1;
        main_stage_0_2 <= 1'b1;
        main_stage_0_3 <= main_stage_0_2;
        if_acc_3_itm_1 <= nl_if_acc_3_itm_1[1:0];
        if_slc_conc_idiv_5_itm_1 <= if_acc_psp_sva[10:5];
        io_read_video_in_rsc_d_cse_sva_1 <= video_in_rsc_mgc_in_wire_d;
      end
    end
  end
  assign nl_shift_1_sva_2  = conv_s2u_2_6(if_acc_3_itm_1) + if_slc_conc_idiv_5_itm_1;
  assign nl_if_acc_3_itm_1  = conv_s2s_1_2(readslicef_9_1_8((conv_u2s_8_9({(~ (if_acc_psp_sva[4]))
      , (if_acc_psp_sva[3:0]) , (acc_36_itm[2:1]) , (readslicef_2_1_1((conv_u2u_1_2(if_acc_psp_sva[4])
      + 2'b1)))}) + conv_s2s_8_9({2'b10 , (if_acc_psp_sva[10:5])})))) + conv_u2s_1_2(if_acc_psp_sva[4]);

  function [15:0] signext_16_14;
    input [13:0] vector;
  begin
    signext_16_14= {{2{vector[13]}}, vector};
  end
  endfunction


  function [1:0] signext_2_1;
    input [0:0] vector;
  begin
    signext_2_1= {{1{vector[0]}}, vector};
  end
  endfunction


  function [5:0] MUX_v_6_2_2;
    input [11:0] inputs;
    input [0:0] sel;
    reg [5:0] result;
  begin
    case (sel)
      1'b0 : begin
        result = inputs[11:6];
      end
      1'b1 : begin
        result = inputs[5:0];
      end
      default : begin
        result = inputs[11:6];
      end
    endcase
    MUX_v_6_2_2 = result;
  end
  endfunction


  function [7:0] MUX_v_8_2_2;
    input [15:0] inputs;
    input [0:0] sel;
    reg [7:0] result;
  begin
    case (sel)
      1'b0 : begin
        result = inputs[15:8];
      end
      1'b1 : begin
        result = inputs[7:0];
      end
      default : begin
        result = inputs[15:8];
      end
    endcase
    MUX_v_8_2_2 = result;
  end
  endfunction


  function [8:0] readslicef_10_9_1;
    input [9:0] vector;
    reg [9:0] tmp;
  begin
    tmp = vector >> 1;
    readslicef_10_9_1 = tmp[8:0];
  end
  endfunction


  function [7:0] readslicef_9_8_1;
    input [8:0] vector;
    reg [8:0] tmp;
  begin
    tmp = vector >> 1;
    readslicef_9_8_1 = tmp[7:0];
  end
  endfunction


  function [6:0] readslicef_8_7_1;
    input [7:0] vector;
    reg [7:0] tmp;
  begin
    tmp = vector >> 1;
    readslicef_8_7_1 = tmp[6:0];
  end
  endfunction


  function [9:0] readslicef_11_10_1;
    input [10:0] vector;
    reg [10:0] tmp;
  begin
    tmp = vector >> 1;
    readslicef_11_10_1 = tmp[9:0];
  end
  endfunction


  function [5:0] readslicef_7_6_1;
    input [6:0] vector;
    reg [6:0] tmp;
  begin
    tmp = vector >> 1;
    readslicef_7_6_1 = tmp[5:0];
  end
  endfunction


  function [3:0] readslicef_5_4_1;
    input [4:0] vector;
    reg [4:0] tmp;
  begin
    tmp = vector >> 1;
    readslicef_5_4_1 = tmp[3:0];
  end
  endfunction


  function [0:0] readslicef_3_1_2;
    input [2:0] vector;
    reg [2:0] tmp;
  begin
    tmp = vector >> 2;
    readslicef_3_1_2 = tmp[0:0];
  end
  endfunction


  function [2:0] readslicef_4_3_1;
    input [3:0] vector;
    reg [3:0] tmp;
  begin
    tmp = vector >> 1;
    readslicef_4_3_1 = tmp[2:0];
  end
  endfunction


  function [1:0] readslicef_3_2_1;
    input [2:0] vector;
    reg [2:0] tmp;
  begin
    tmp = vector >> 1;
    readslicef_3_2_1 = tmp[1:0];
  end
  endfunction


  function [29:0] MUX_v_30_2_2;
    input [59:0] inputs;
    input [0:0] sel;
    reg [29:0] result;
  begin
    case (sel)
      1'b0 : begin
        result = inputs[59:30];
      end
      1'b1 : begin
        result = inputs[29:0];
      end
      default : begin
        result = inputs[59:30];
      end
    endcase
    MUX_v_30_2_2 = result;
  end
  endfunction


  function [9:0] MUX_v_10_2_2;
    input [19:0] inputs;
    input [0:0] sel;
    reg [9:0] result;
  begin
    case (sel)
      1'b0 : begin
        result = inputs[19:10];
      end
      1'b1 : begin
        result = inputs[9:0];
      end
      default : begin
        result = inputs[19:10];
      end
    endcase
    MUX_v_10_2_2 = result;
  end
  endfunction


  function [0:0] readslicef_11_1_10;
    input [10:0] vector;
    reg [10:0] tmp;
  begin
    tmp = vector >> 10;
    readslicef_11_1_10 = tmp[0:0];
  end
  endfunction


  function [0:0] readslicef_9_1_8;
    input [8:0] vector;
    reg [8:0] tmp;
  begin
    tmp = vector >> 8;
    readslicef_9_1_8 = tmp[0:0];
  end
  endfunction


  function [0:0] readslicef_2_1_1;
    input [1:0] vector;
    reg [1:0] tmp;
  begin
    tmp = vector >> 1;
    readslicef_2_1_1 = tmp[0:0];
  end
  endfunction


  function  [15:0] conv_u2u_15_16 ;
    input [14:0]  vector ;
  begin
    conv_u2u_15_16 = {1'b0, vector};
  end
  endfunction


  function  [11:0] conv_s2u_9_12 ;
    input signed [8:0]  vector ;
  begin
    conv_s2u_9_12 = {{3{vector[8]}}, vector};
  end
  endfunction


  function  [9:0] conv_u2u_9_10 ;
    input [8:0]  vector ;
  begin
    conv_u2u_9_10 = {1'b0, vector};
  end
  endfunction


  function  [8:0] conv_u2u_8_9 ;
    input [7:0]  vector ;
  begin
    conv_u2u_8_9 = {1'b0, vector};
  end
  endfunction


  function  [7:0] conv_u2u_7_8 ;
    input [6:0]  vector ;
  begin
    conv_u2u_7_8 = {1'b0, vector};
  end
  endfunction


  function  [7:0] conv_u2u_6_8 ;
    input [5:0]  vector ;
  begin
    conv_u2u_6_8 = {{2{1'b0}}, vector};
  end
  endfunction


  function signed [10:0] conv_u2s_10_11 ;
    input [9:0]  vector ;
  begin
    conv_u2s_10_11 = {1'b0, vector};
  end
  endfunction


  function signed [10:0] conv_s2s_9_11 ;
    input signed [8:0]  vector ;
  begin
    conv_s2s_9_11 = {{2{vector[8]}}, vector};
  end
  endfunction


  function signed [8:0] conv_u2s_8_9 ;
    input [7:0]  vector ;
  begin
    conv_u2s_8_9 = {1'b0, vector};
  end
  endfunction


  function signed [8:0] conv_s2s_7_9 ;
    input signed [6:0]  vector ;
  begin
    conv_s2s_7_9 = {{2{vector[6]}}, vector};
  end
  endfunction


  function signed [6:0] conv_s2s_5_7 ;
    input signed [4:0]  vector ;
  begin
    conv_s2s_5_7 = {{2{vector[4]}}, vector};
  end
  endfunction


  function signed [4:0] conv_u2s_4_5 ;
    input [3:0]  vector ;
  begin
    conv_u2s_4_5 = {1'b0, vector};
  end
  endfunction


  function signed [6:0] conv_u2s_5_7 ;
    input [4:0]  vector ;
  begin
    conv_u2s_5_7 = {{2{1'b0}}, vector};
  end
  endfunction


  function signed [2:0] conv_u2s_2_3 ;
    input [1:0]  vector ;
  begin
    conv_u2s_2_3 = {1'b0, vector};
  end
  endfunction


  function  [11:0] conv_u2u_11_12 ;
    input [10:0]  vector ;
  begin
    conv_u2u_11_12 = {1'b0, vector};
  end
  endfunction


  function  [10:0] conv_u2u_10_11 ;
    input [9:0]  vector ;
  begin
    conv_u2u_10_11 = {1'b0, vector};
  end
  endfunction


  function  [11:0] conv_u2u_10_12 ;
    input [9:0]  vector ;
  begin
    conv_u2u_10_12 = {{2{1'b0}}, vector};
  end
  endfunction


  function  [4:0] conv_u2u_4_5 ;
    input [3:0]  vector ;
  begin
    conv_u2u_4_5 = {1'b0, vector};
  end
  endfunction


  function  [3:0] conv_u2u_3_4 ;
    input [2:0]  vector ;
  begin
    conv_u2u_3_4 = {1'b0, vector};
  end
  endfunction


  function  [2:0] conv_u2u_2_3 ;
    input [1:0]  vector ;
  begin
    conv_u2u_2_3 = {1'b0, vector};
  end
  endfunction


  function  [4:0] conv_u2u_3_5 ;
    input [2:0]  vector ;
  begin
    conv_u2u_3_5 = {{2{1'b0}}, vector};
  end
  endfunction


  function signed [2:0] conv_s2s_2_3 ;
    input signed [1:0]  vector ;
  begin
    conv_s2s_2_3 = {vector[1], vector};
  end
  endfunction


  function signed [1:0] conv_s2s_1_2 ;
    input signed [0:0]  vector ;
  begin
    conv_s2s_1_2 = {vector[0], vector};
  end
  endfunction


  function signed [1:0] conv_u2s_1_2 ;
    input [0:0]  vector ;
  begin
    conv_u2s_1_2 = {1'b0, vector};
  end
  endfunction


  function  [1:0] conv_u2u_1_2 ;
    input [0:0]  vector ;
  begin
    conv_u2u_1_2 = {1'b0, vector};
  end
  endfunction


  function  [10:0] conv_u2u_8_11 ;
    input [7:0]  vector ;
  begin
    conv_u2u_8_11 = {{3{1'b0}}, vector};
  end
  endfunction


  function  [5:0] conv_s2u_2_6 ;
    input signed [1:0]  vector ;
  begin
    conv_s2u_2_6 = {{4{vector[1]}}, vector};
  end
  endfunction


  function signed [8:0] conv_s2s_8_9 ;
    input signed [7:0]  vector ;
  begin
    conv_s2s_8_9 = {vector[7], vector};
  end
  endfunction

endmodule

// ------------------------------------------------------------------
//  Design Unit:    static_anaglyph
//  Generated from file(s):
//    3) $PROJECT_HOME/blur.c
// ------------------------------------------------------------------


module static_anaglyph (
  video_in_rsc_z, video_out_rsc_z, avg_rsc_z, clk, en, arst_n
);
  input [629:0] video_in_rsc_z;
  output [29:0] video_out_rsc_z;
  input [9:0] avg_rsc_z;
  input clk;
  input en;
  input arst_n;


  // Interconnect Declarations
  wire [629:0] video_in_rsc_mgc_in_wire_d;
  wire [29:0] video_out_rsc_mgc_out_stdreg_d;
  wire [9:0] avg_rsc_mgc_in_wire_d;
  wire [9:0] div_mgc_div_b;
  wire [9:0] div_mgc_div_z;
  wire [9:0] div_mgc_div_1_b;
  wire [9:0] div_mgc_div_1_z;


  // Interconnect Declarations for Component Instantiations 
  mgc_in_wire #(.rscid(1),
  .width(630)) video_in_rsc_mgc_in_wire (
      .d(video_in_rsc_mgc_in_wire_d),
      .z(video_in_rsc_z)
    );
  mgc_out_stdreg #(.rscid(2),
  .width(30)) video_out_rsc_mgc_out_stdreg (
      .d(video_out_rsc_mgc_out_stdreg_d),
      .z(video_out_rsc_z)
    );
  mgc_in_wire #(.rscid(3),
  .width(10)) avg_rsc_mgc_in_wire (
      .d(avg_rsc_mgc_in_wire_d),
      .z(avg_rsc_z)
    );
  mgc_div #(.width_a(10),
  .width_b(10),
  .signd(0)) div_mgc_div (
      .a(10'b11111111),
      .b(div_mgc_div_b),
      .z(div_mgc_div_z)
    );
  mgc_div #(.width_a(10),
  .width_b(10),
  .signd(0)) div_mgc_div_1 (
      .a(10'b11111111),
      .b(div_mgc_div_1_b),
      .z(div_mgc_div_1_z)
    );
  static_anaglyph_core static_anaglyph_core_inst (
      .clk(clk),
      .en(en),
      .arst_n(arst_n),
      .video_in_rsc_mgc_in_wire_d(video_in_rsc_mgc_in_wire_d),
      .video_out_rsc_mgc_out_stdreg_d(video_out_rsc_mgc_out_stdreg_d),
      .avg_rsc_mgc_in_wire_d(avg_rsc_mgc_in_wire_d),
      .div_mgc_div_b(div_mgc_div_b),
      .div_mgc_div_z(div_mgc_div_z),
      .div_mgc_div_1_b(div_mgc_div_1_b),
      .div_mgc_div_1_z(div_mgc_div_1_z)
    );
endmodule